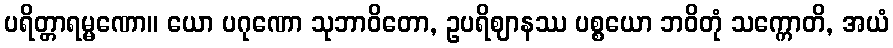
ပရိတ္တာရမ္မဏော။ ယော ပဂုဏော သုဘာဝိတော, ဥပရိဈာနဿ ပစ္စယော ဘဝိတုံ သက္ကောတိ, အယံ